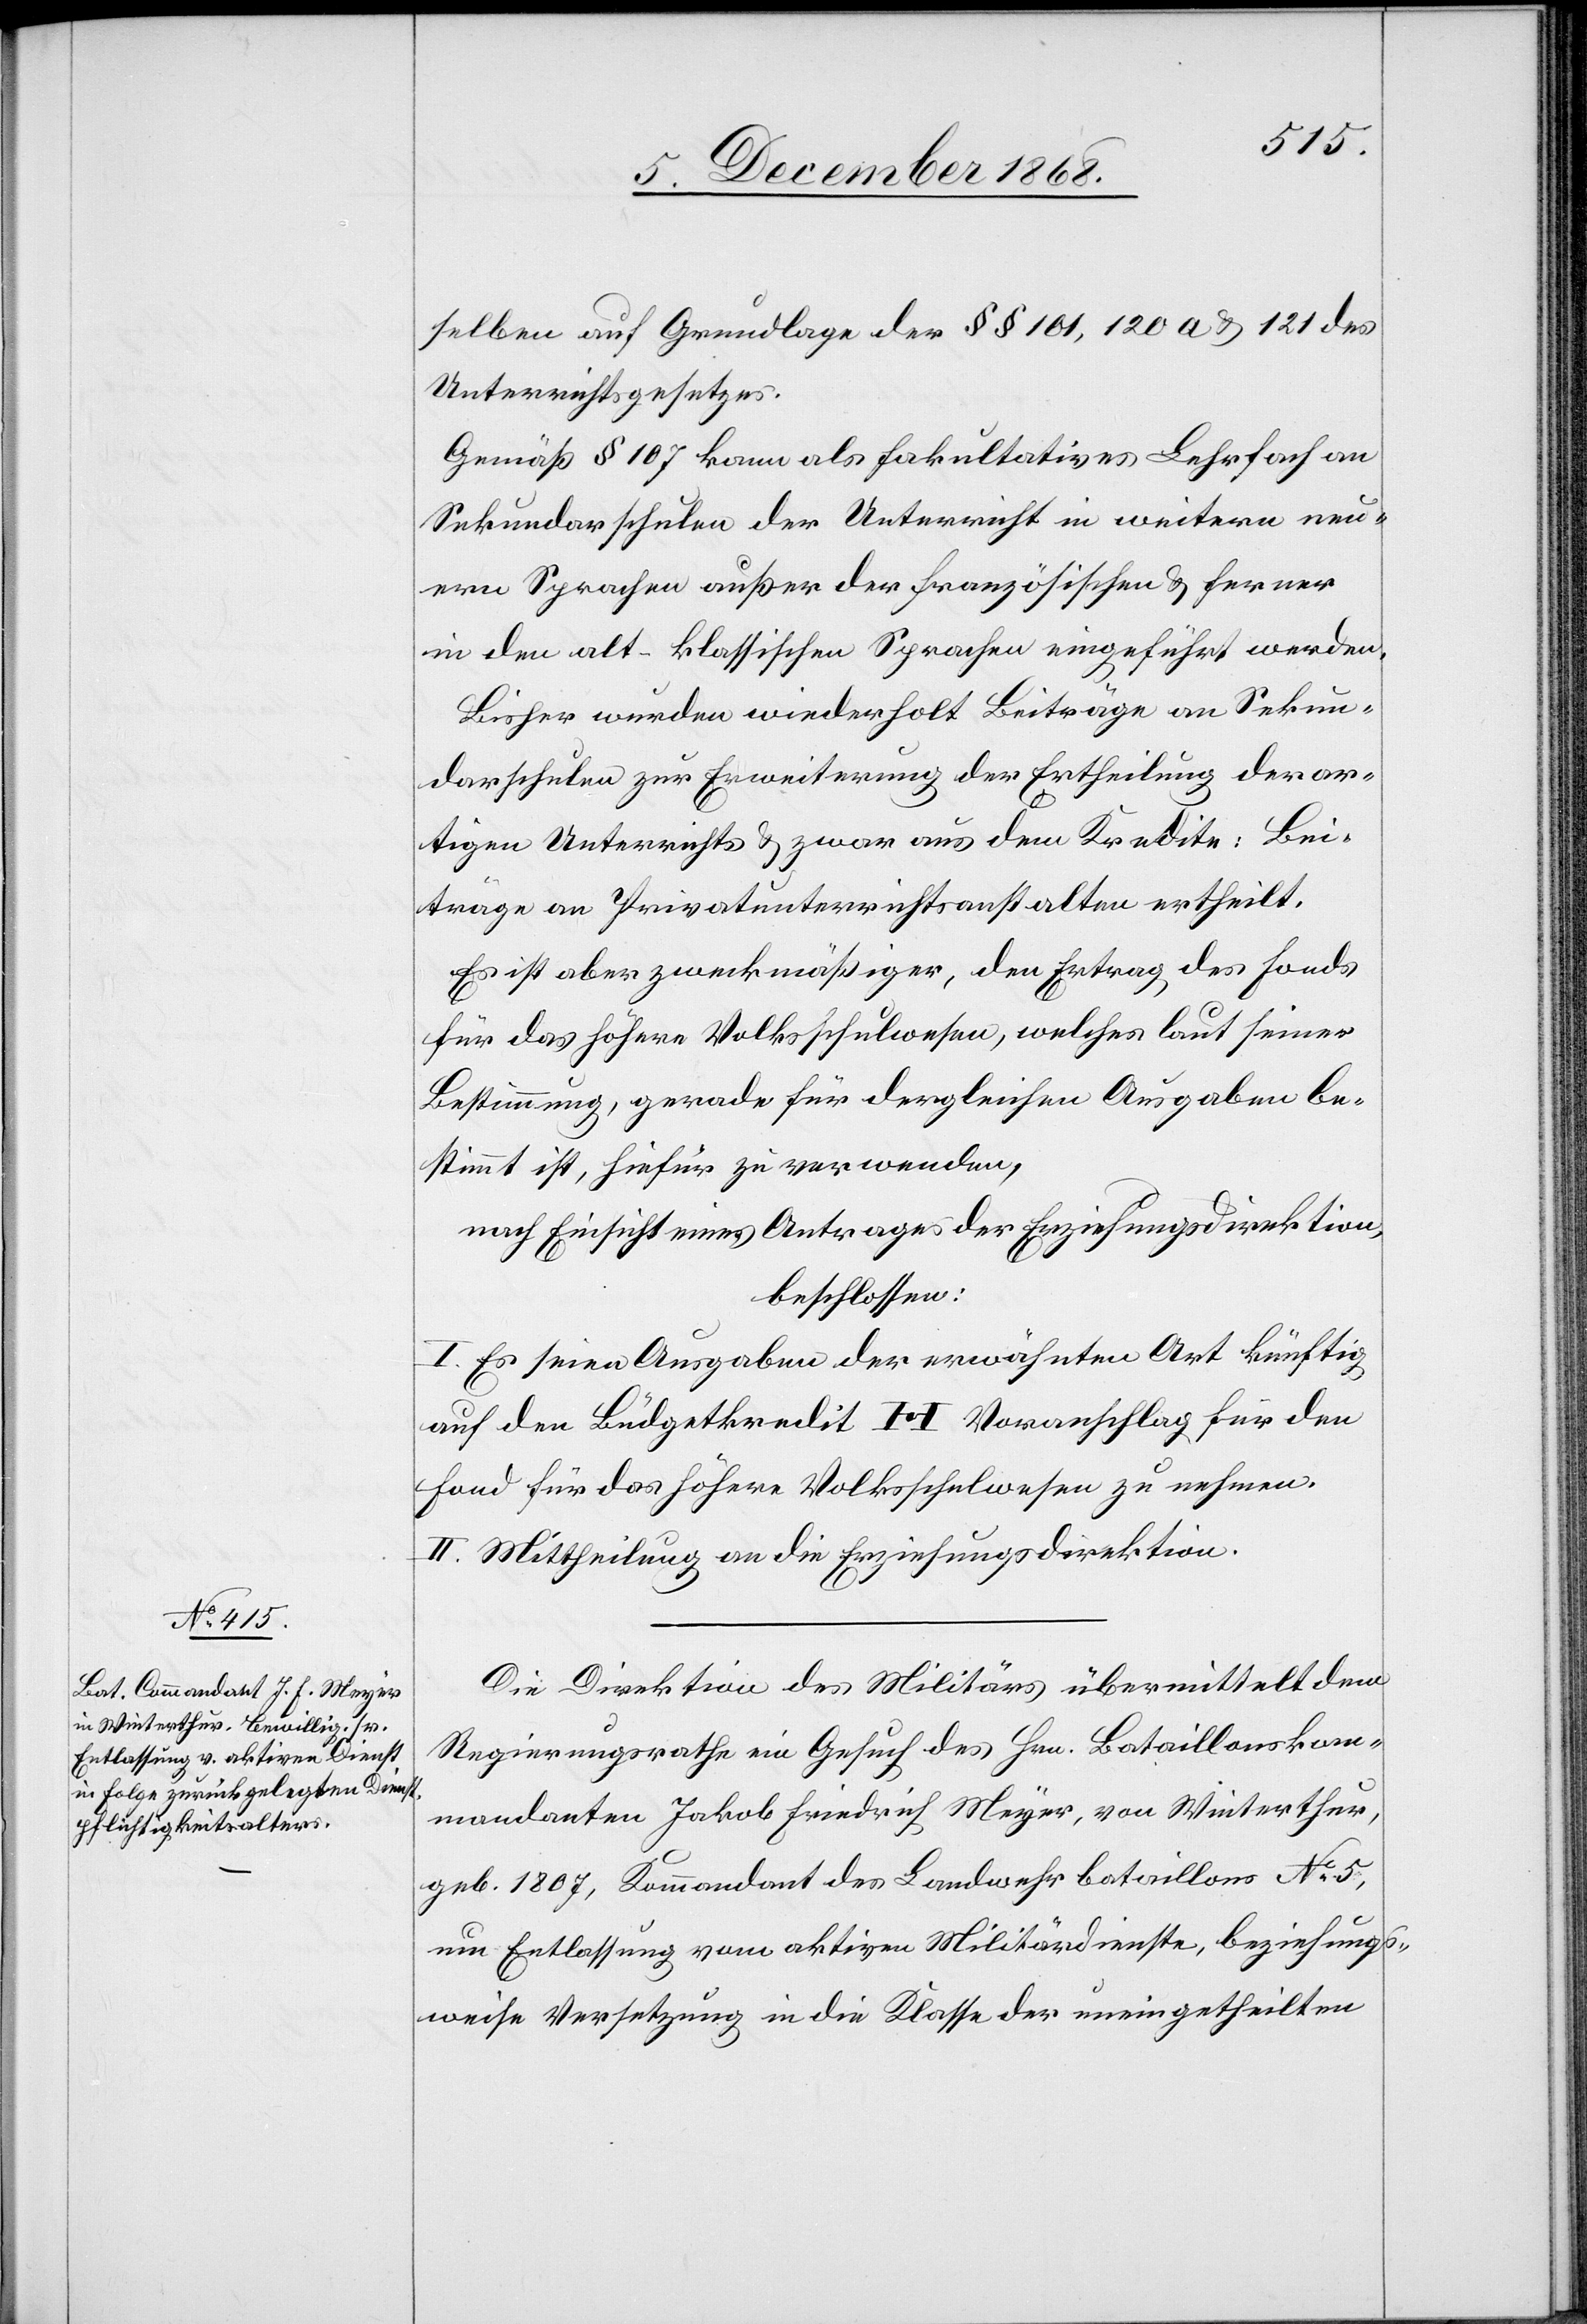
selben auf Grundlage der §§ 101, 120 a & 121 des
Unterrichtsgesetzes.
Gemäß § 107 kann als fakultatives Lehrfach an
Sekundarschulen der Unterricht in weitern neu¬
ern Sprachen außer der französischen & ferner
in den alt-klassischen Sprachen eingeführt werden.
Bisher wurden wiederholt Beiträge an Sekun¬
darschulen zur Erweiterung der Ertheilung derar¬
tigen Unterrichts & zwar aus dem Kredite: Bei¬
träge an Privatunterrichtsanstalten ertheilt.
Es ist aber zweckmäßiger, den Ertrag des Fonds
für das höhere Volksschulwesen, welches laut seiner
Bestimmung, gerade für dergleichen Ausgaben be¬
stimmt ist, hiefür zu verwenden,
nach Einsicht eines Antrages der Erziehungsdirektion,
beschlossen:
I. Es seien Ausgaben der erwähnten Art künftig
auf den Büdgetkredit H Voranschlag für den
Fond für das höhere Volksschulwesen zu nehmen.
II. Mittheilung an die Erziehungsdirektion.
Die Direktion des Militärs übermittelt dem
Regierungsrathe ein Gesuch des Hrn. Bataillonskom¬
mandanten Jakob Friedrich Meyer, von Winterthur,
geb. 1807, Kommandant des Landwehrbataillons No 5,
um Entlassung vom aktiven Militärdienste, beziehungs¬
weise Versetzung in die Klasse der uneingetheilten